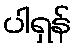
ပါရှန်